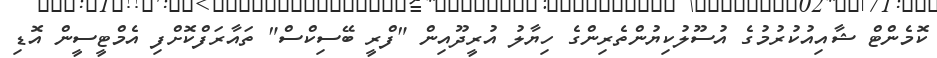
ކޮމެންޓް ޝާއިއުކުރުމުގެ އުސޫލުކިޔުންތެރިންގެ ހިޔާލު އުރީދޫއިން "ފްރީ ބޭސިކްސް" ތައާރަފްކޮށްފި އެމްޓީސީން އޮޑި